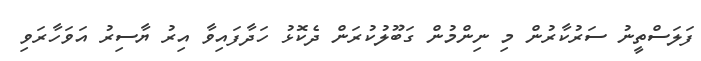
ފަލަސްތީނު ސަރުކާރުން މި ނިންމުން ގަބޫލުކުރަން ދެކޮޅު ހަދާފައިވާ އިރު ޔާސިރު އަވަހާރަވި